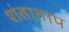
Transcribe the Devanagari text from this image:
शंताताप